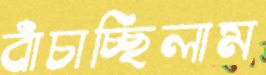
বাঁচাচ্ছিলাম